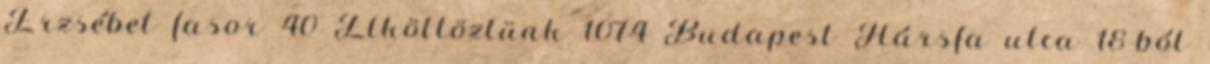
Erzsébet fasor 40 Elköltöztünk 1074 Budapest Hársfa utca 18-ból